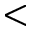
<